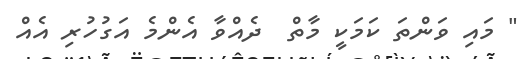
" މައި ވަންތަ ކަމަކީ މާތް  ދެއްވާ އެންމެ އަގުހުރި އެއް